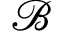
\mathcal { B }